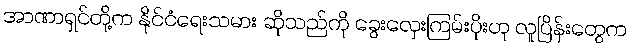
အာဏာရှင်တို့က နိုင်ငံရေးသမား ဆိုသည်ကို ခွေးလှေးကြမ်းပိုးဟု လူပြိန်းတွေက